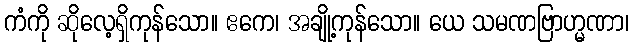
ကံကို ဆိုလေ့ရှိကုန်သော။ ဧကေ၊ အချို့ကုန်သော။ ယေ သမဏဗြာဟ္မဏာ၊